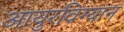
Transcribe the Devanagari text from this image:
आयुरविग्यान